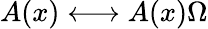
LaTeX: A(x)\longleftrightarrow A(x)\Omega